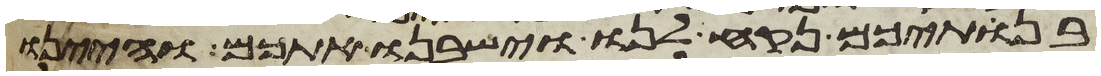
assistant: בנתיכם נקח לנו וישבנו אתכם והיינו